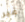
غير